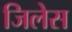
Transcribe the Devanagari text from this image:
जिलेस